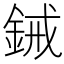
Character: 𫒞